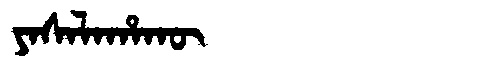
Manchu: ᠶᠠᠰᠠᠯᠠᡥᠠᡴᡡ
Romanization: YASALAHAKŪ